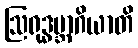
ဩရုဒ္ဓမ္ဘာဂိယာတိ